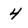
Character: 4